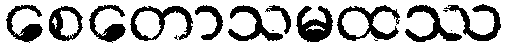
စေတောသမထဿ